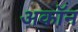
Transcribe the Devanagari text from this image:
अकॉन